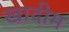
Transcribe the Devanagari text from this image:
खादीम